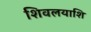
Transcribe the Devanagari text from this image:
शिवलयाशि